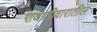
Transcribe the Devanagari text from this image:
राजपरीवारातील